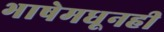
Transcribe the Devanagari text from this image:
भाषेमधूनही